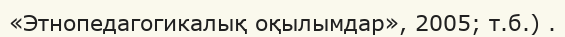
«Этнопедагогикалық оқылымдар», 2005; т.б.) .